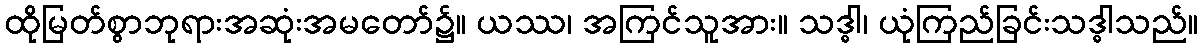
ထိုမြတ်စွာဘုရားအဆုံးအမတော်၌။ ယဿ၊ အကြင်သူအား။ သဒ္ဓါ၊ ယုံကြည်ခြင်းသဒ္ဓါသည်။